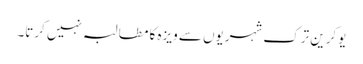
یوکرین ترک شہریوں سے ویزہ کا مطالبہ نہیں کرتا۔